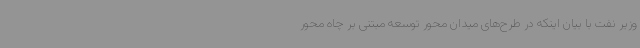
وزیر نفت با بیان اینکه در طرح‌های میدان محور توسعه مبتنی بر چاه محور